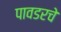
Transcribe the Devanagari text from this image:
पावडरचे